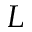
L